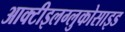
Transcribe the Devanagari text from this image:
आक्टीइलग्लुकोसाइड